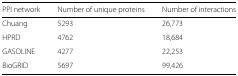
| PPI network | Number of unique proteins | Number of interactions |
 | --- | --- | --- |
 | Chuang | 5293 | 26,773 |
 | HPRD | 4762 | 18,684 |
 | GASOLINE | 4277 | 22,253 |
 | BioGRID | 5697 | 99,426 |